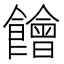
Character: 䭝